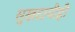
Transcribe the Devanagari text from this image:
सुखदायीही